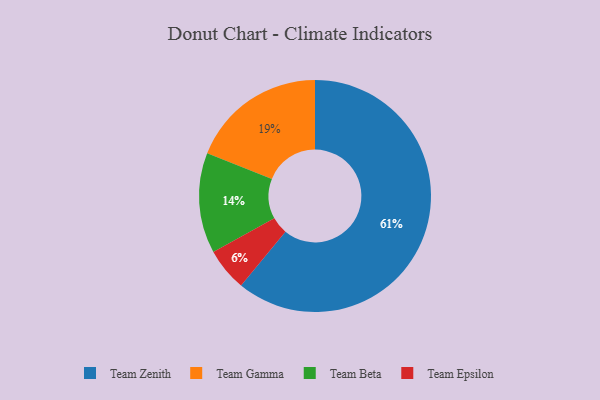
{"axis": {"x": "Category", "y": "Percentage"}, "legend": ["Team Beta", "Team Epsilon", "Team Gamma", "Team Zenith"], "data": [{"x": "Team Gamma", "y": 19, "type": "Team Gamma"}, {"x": "Team Beta", "y": 14, "type": "Team Beta"}, {"x": "Team Zenith", "y": 61, "type": "Team Zenith"}, {"x": "Team Epsilon", "y": 6, "type": "Team Epsilon"}]}